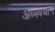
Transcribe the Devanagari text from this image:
अव्यवधान